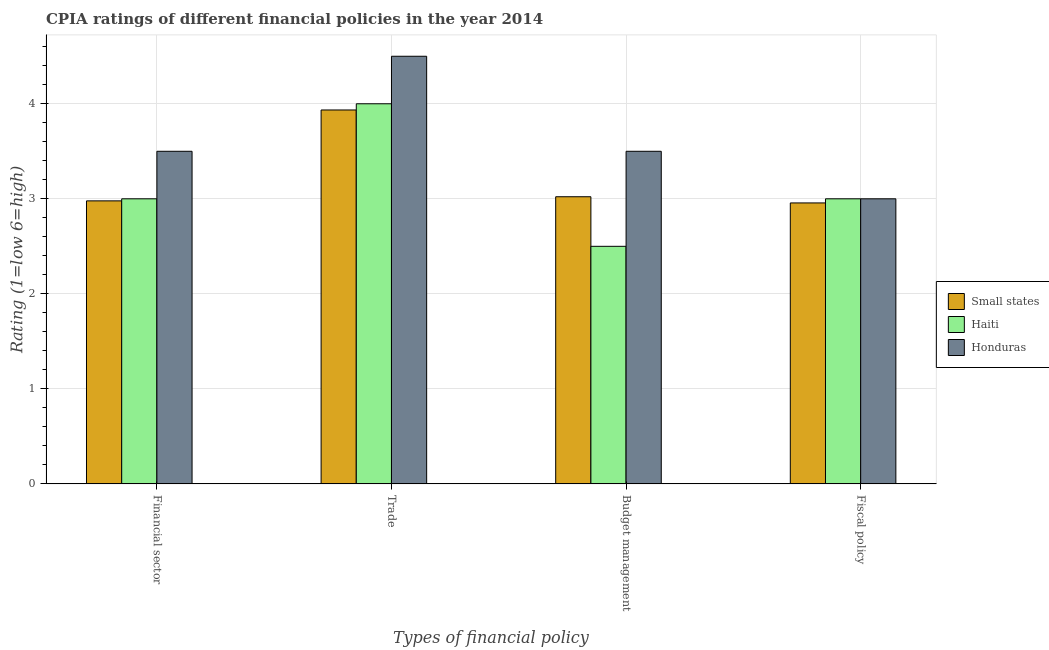
| Types of financial policy | Small states | Haiti | Honduras |
 | --- | --- | --- | --- |
 | Financial sector | 2.98 | 3 | 3.5 |
 | Trade | 3.93 | 4 | 4.5 |
 | Budget management | 3.02 | 2.5 | 3.5 |
 | Fiscal policy | 2.96 | 3 | 3 |